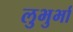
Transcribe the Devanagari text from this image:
लुभुर्भा